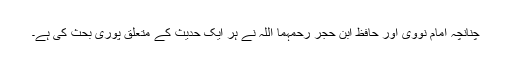
چنانچہ امام نووی اور حافظ ابن حجر رحمہما اللہ نے ہر ایک حدیث کے متعلق پوری بحث کی ہے۔